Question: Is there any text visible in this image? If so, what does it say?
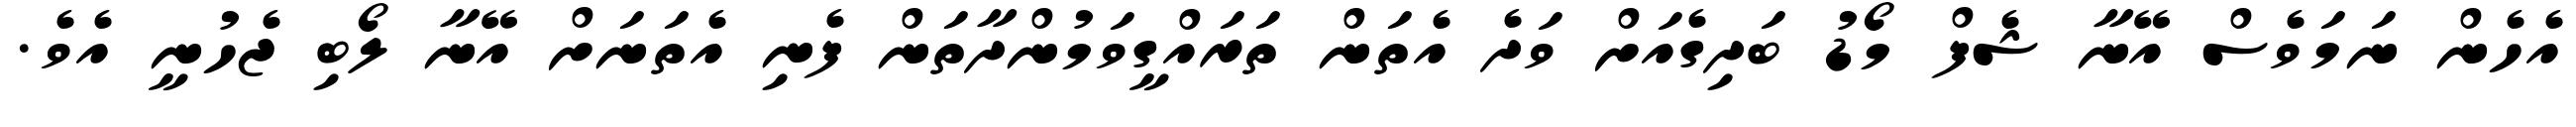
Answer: އެހެން ނަމަވެސް އޭނާ ޝެފް މޯޑު ބަދިގެއަށް ވަދެ އެތަން ތަރައްގީވަމުންދާތަން ފެނި އެތަނަށް އޭނާ ލޯބި ޖެހުނީ އެވެ.